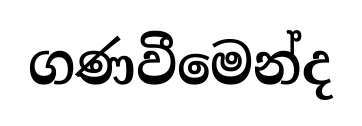
ගණවීමෙන්ද